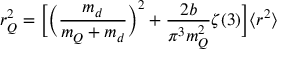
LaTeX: r _ { Q } ^ { 2 } = \Bigl [ \Bigl ( { \frac { m _ { d } } { m _ { Q } + m _ { d } } } \Bigr ) ^ { 2 } + { \frac { 2 b } { \pi ^ { 3 } m _ { Q } ^ { 2 } } } \zeta ( 3 ) \Bigr ] \langle r ^ { 2 } \rangle